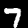
Digit: 7